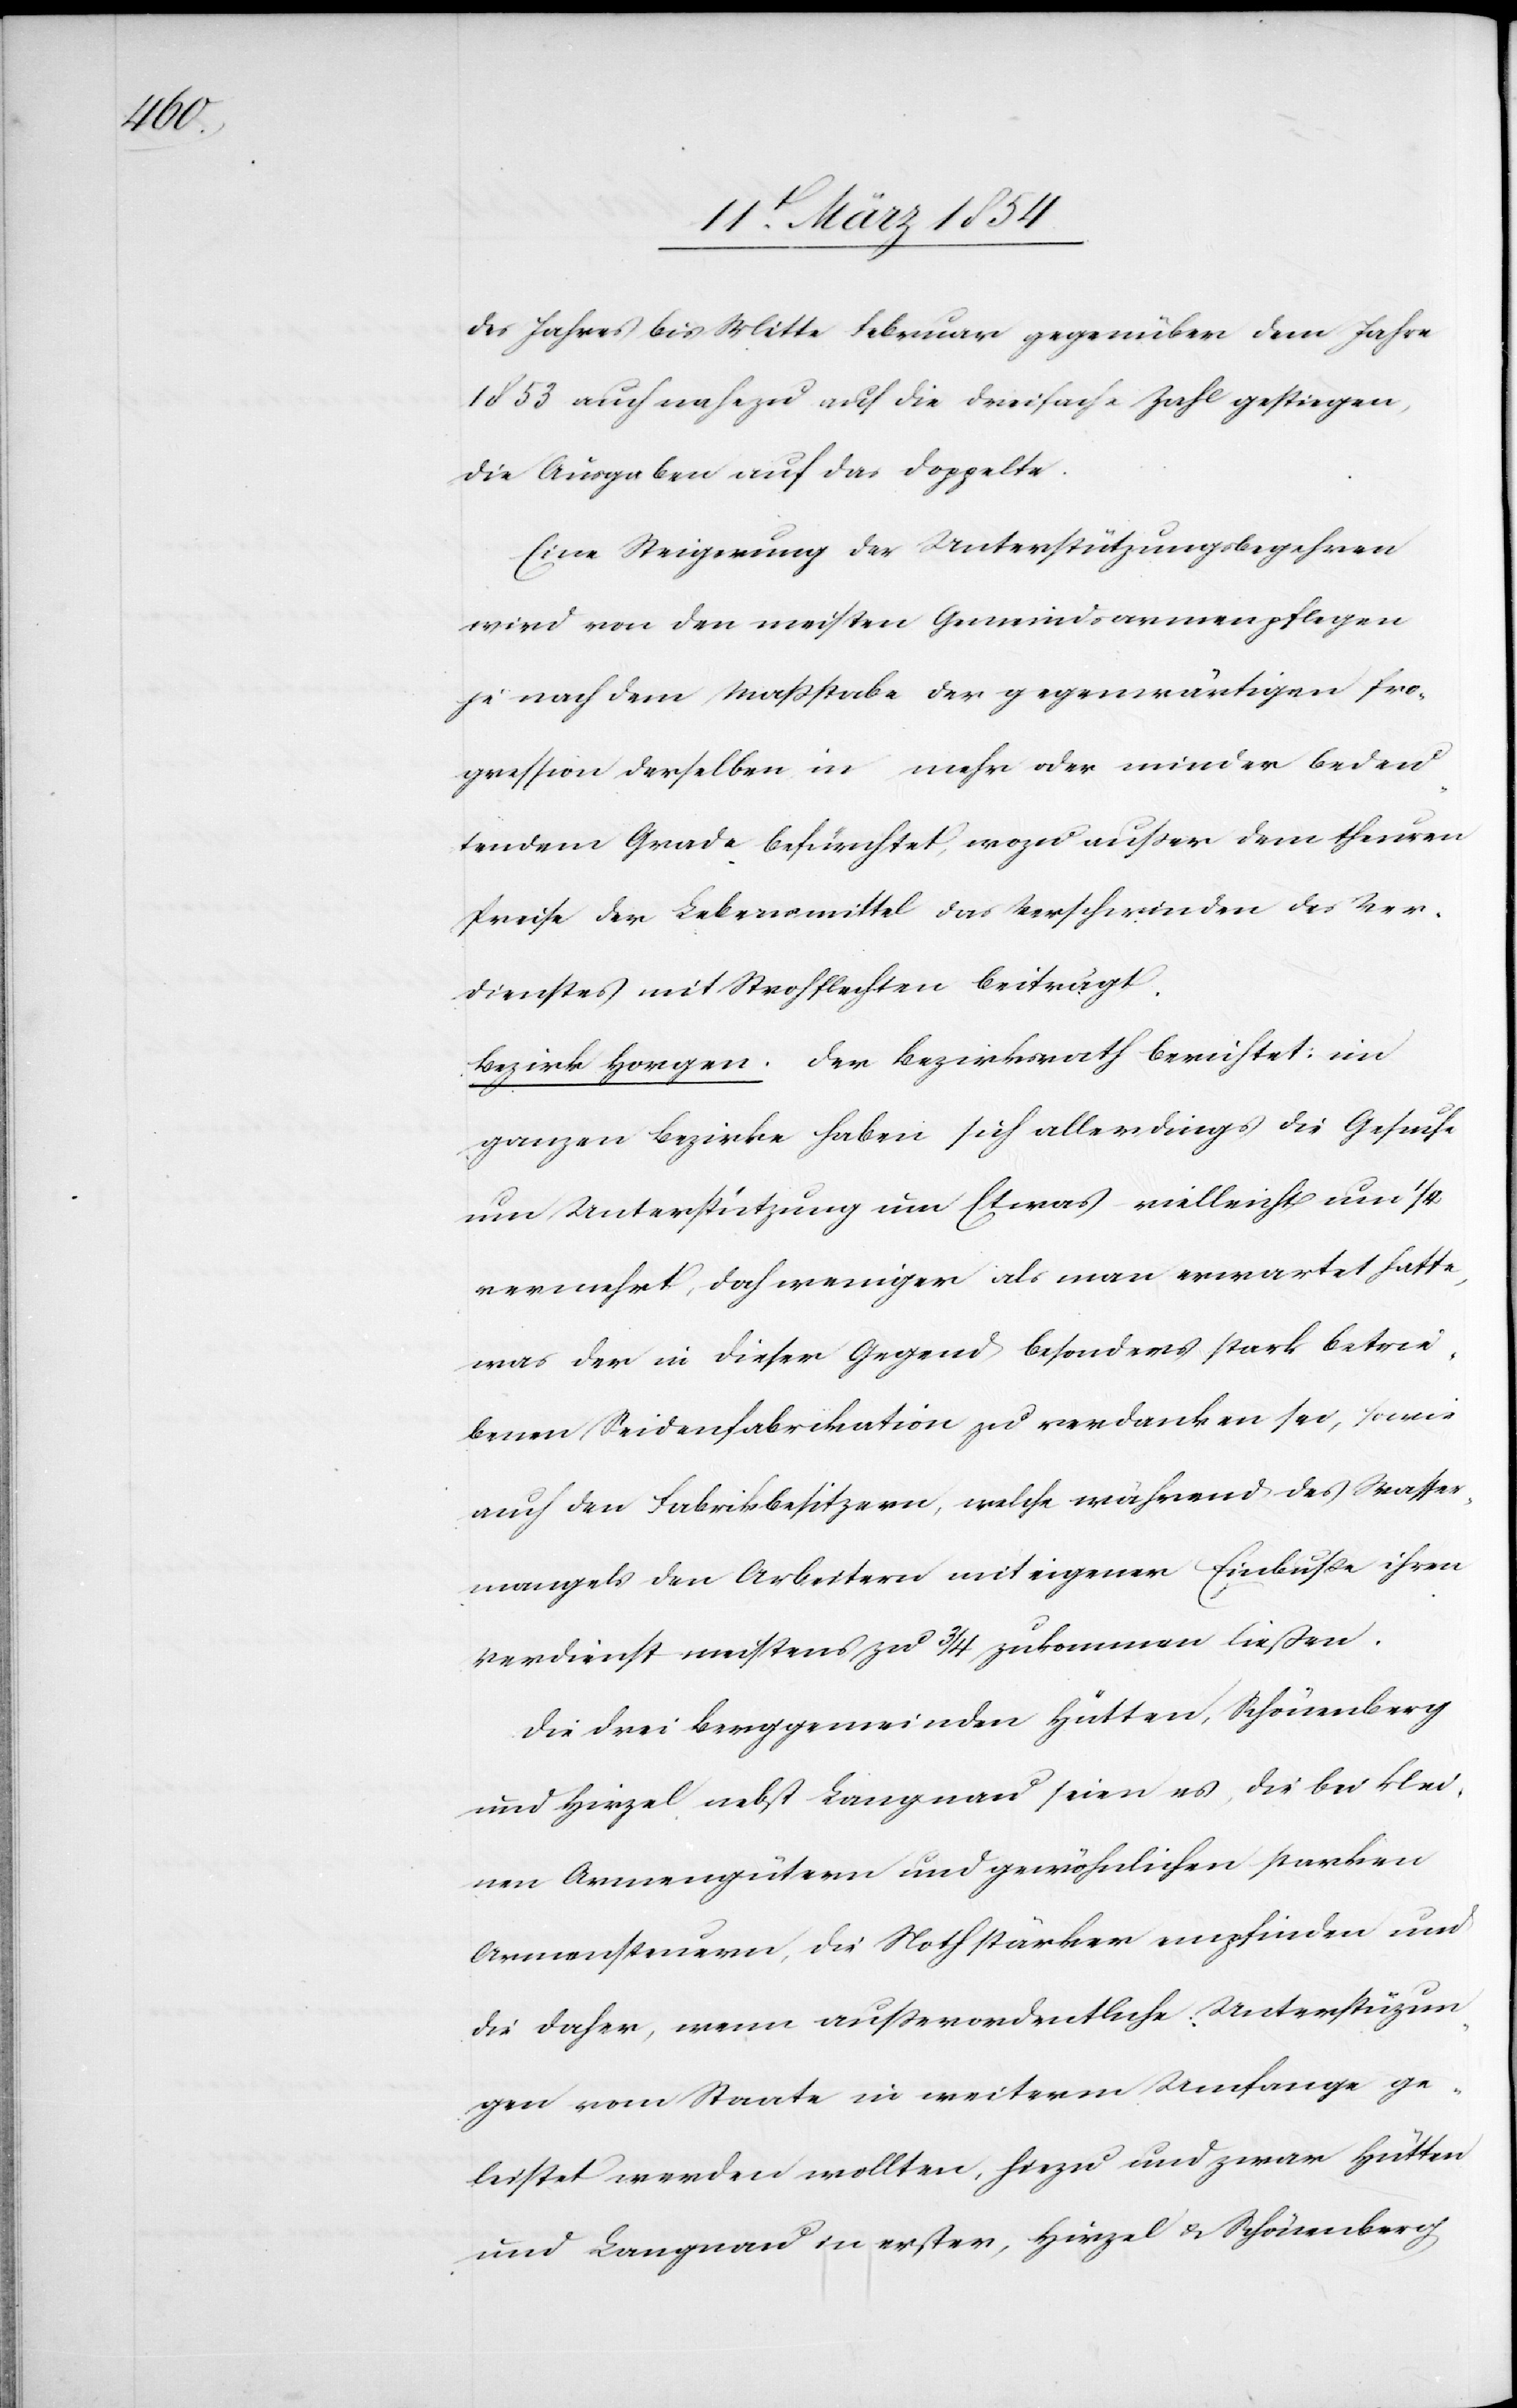
des Jahres bis Mitte Februar gegenüber dem Jahre
1853 auch nahezu auf die dreifache Zahl gestiegen,
die Ausgaben auf das Doppelte.
Eine Steigerung der Unterstützungsbegehren
wird von den meisten Gemeindsarmenpflegen
je nach dem Maßstabe der gegenwärtigen Pro¬
gression derselben in mehr oder minder bedeu¬
tendem Grade befürchtet, wozu außer dem theuren
Preise der Lebensmittel das Verschwinden des Ver¬
dienstes mit dem Strohflechten beiträgt.
Bezirk Horgen. Der Bezirksrath berichtet: im
ganzen Bezirke haben sich allerdings die Gesuche
um Unterstützung um Etwas vielleicht um ¼
vermehrt, doch weniger als man erwartet hatte,
was der in dieser Gegend besonders stark betrie¬
benen Seidenfabrikation zu verdanken sei, sowie
auch den Fabrikbesitzern, welche während des Wasser¬
mangels den Arbeitern mit eigener Einbuße ihren
Verdienst meistens zu 3/4 zukommen ließen.
Die drei Berggemeinden Hütten, Schönenberg
und Hirzel nebst Langnau seien es, die bei klei¬
nen Armengütern und gewöhnlichen starken
Armensteuern, die Noth stärker empfinden und
die daher, wenn außerordentliche Unterstützun¬
gen vom Staate in weiterm Umfange ge¬
leistet werden wollten, hiezu und zwar Hütten
und Langnau in erster, Hirzel & Schönenberg